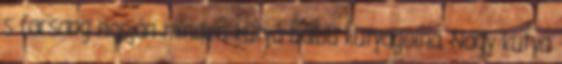
s farsang napján minden kutya bálba kutyagolna. Nagy kutya